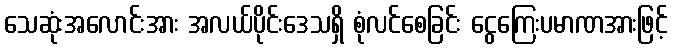
သေဆုံးအလောင်းအား အလယ်ပိုင်းဒေသရှိ စုံလင်စေခြင်း ငွေကြေးပမာဏအားဖြင့်